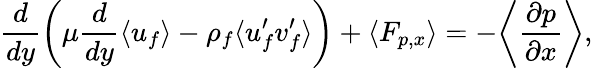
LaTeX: \frac{d}{dy}\left(\mu\frac{d}{dy}\langle u_{f}\rangle-\rho_{f}\langle u_{f}^{\prime}v_{f}^{\prime}\rangle\right)+\langle F_{p,x}\rangle=-\bigg\langle\frac{\partial p}{\partial x}\bigg\rangle,